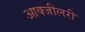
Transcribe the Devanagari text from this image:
आक्जीलरी